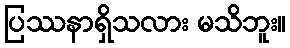
ပြဿနာရှိသလား မသိဘူး။